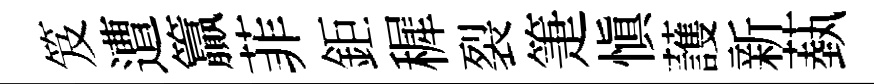
笈遭籯菲鉅穉裂箑慎䕶新蓺